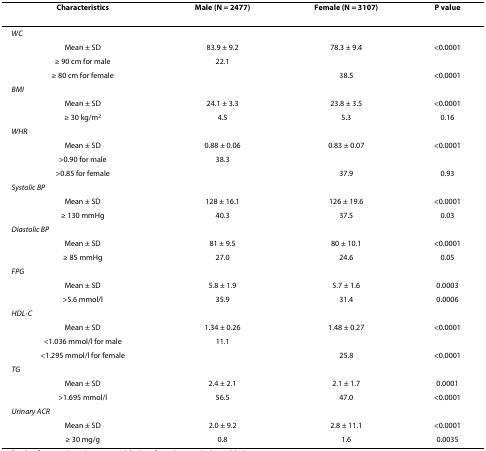
| Characteristics | Male (N = 2477) | Female (N = 3107) | P value |
 | --- | --- | --- | --- |
 | WC |  |  |  |
 | Mean ± SD | 83.9 ± 9.2 | 78.3 ± 9.4 | <0.0001 |
 | ≥ 90 cm for male | 22.1 |  |  |
 | ≥ 80 cm for female |  | 38.5 | <0.0001 |
 | BMI |  |  |  |
 | Mean ± SD | 24.1 ± 3.3 | 23.8 ± 3.5 | <0.0001 |
 | ≥ 30 kg/m2 | 4.5 | 5.3 | 0.16 |
 | WHR |  |  |  |
 | Mean ± SD | 0.88 ± 0.06 | 0.83 ± 0.07 | <0.0001 |
 | >0.90 for male | 38.3 |  |  |
 | >0.85 for female |  | 37.9 | 0.93 |
 | Systolic BP |  |  |  |
 | Mean ± SD | 128 ± 16.1 | 126 ± 19.6 | <0.0001 |
 | ≥ 130 mmHg | 40.3 | 37.5 | 0.03 |
 | Diastolic BP |  |  |  |
 | Mean ± SD | 81 ± 9.5 | 80 ± 10.1 | <0.0001 |
 | ≥ 85 mmHg | 27.0 | 24.6 | 0.05 |
 | FPG |  |  |  |
 | Mean ± SD | 5.8 ± 1.9 | 5.7 ± 1.6 | 0.0003 |
 | >5.6 mmol/l | 35.9 | 31.4 | 0.0006 |
 | HDL-C |  |  |  |
 | Mean ± SD | 1.34 ± 0.26 | 1.48 ± 0.27 | <0.0001 |
 | <1.036 mmol/l for male | 11.1 |  |  |
 | <1.295 mmol/l for female |  | 25.8 | <0.0001 |
 | TG |  |  |  |
 | Mean ± SD | 2.4 ± 2.1 | 2.1 ± 1.7 | 0.0001 |
 | >1.695 mmol/l | 56.5 | 47.0 | <0.0001 |
 | Urinary ACR |  |  |  |
 | Mean ± SD | 2.0 ± 9.2 | 2.8 ± 11.1 | <0.0001 |
 | ≥ 30 mg/g | 0.8 | 1.6 | 0.0035 |